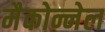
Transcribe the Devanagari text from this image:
मैकोन्नेल